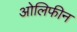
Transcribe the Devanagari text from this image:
ओलिफीन